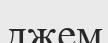
джем